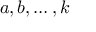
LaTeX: a , b , \ldots , k